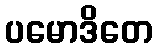
ပမောဒိတေ